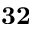
\mathbf { 3 2 }